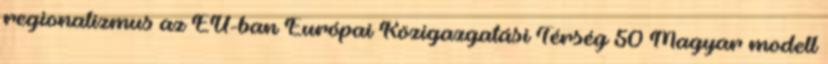
regionalizmus az EU-ban Európai Közigazgatási Térség 50 Magyar modell